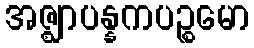
အဇ္ဈာပန္နကပဉ္စမော